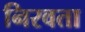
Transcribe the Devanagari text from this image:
निरवता